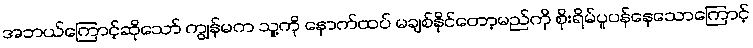
အဘယ်ကြောင့်ဆိုသော် ကျွန်မက သူ့ကို နောက်ထပ် မချစ်နိုင်တော့မည်ကို စိုးရိမ်ပူပန်နေသောကြောင့်